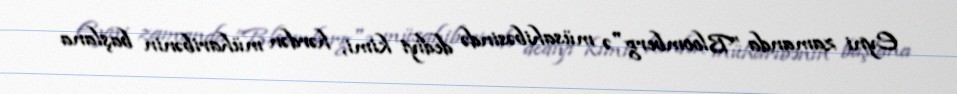
Eyni zamanda ”Bloomberg"ə müsahibəsində dediyi kimi, hərdən müharibənin başlana